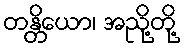
တန္တိယော၊ အညို့တို့